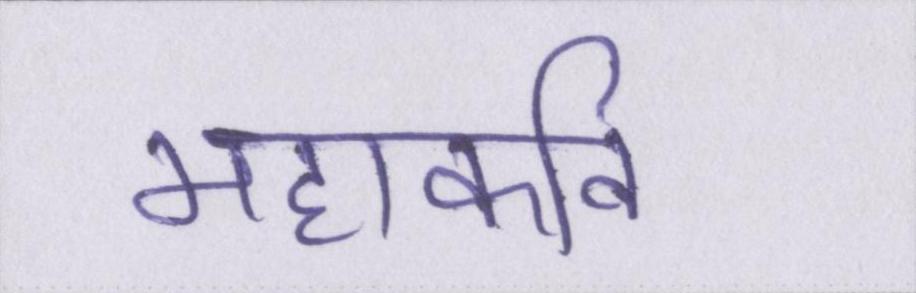
महाकवि